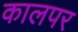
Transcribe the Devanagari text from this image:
कालपर